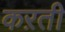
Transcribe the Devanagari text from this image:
कऱती